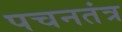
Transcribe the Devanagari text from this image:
पचनतंत्र